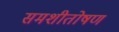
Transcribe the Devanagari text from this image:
समशीतोषण